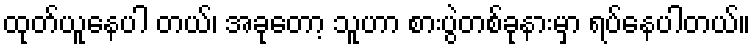
ထုတ်ယူနေပါ တယ်၊ အခုတော့ သူဟာ စားပွဲတစ်ခုနားမှာ ရပ်နေပါတယ်။